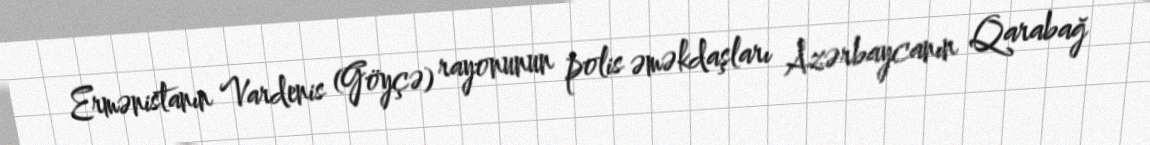
Ermənistanın Vardenis (Göyçə) rayonunun polis əməkdaşları Azərbaycanın Qarabağ